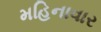
મહિનાવાર